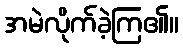
အမဲလိုက်ခဲ့ကြ၏။